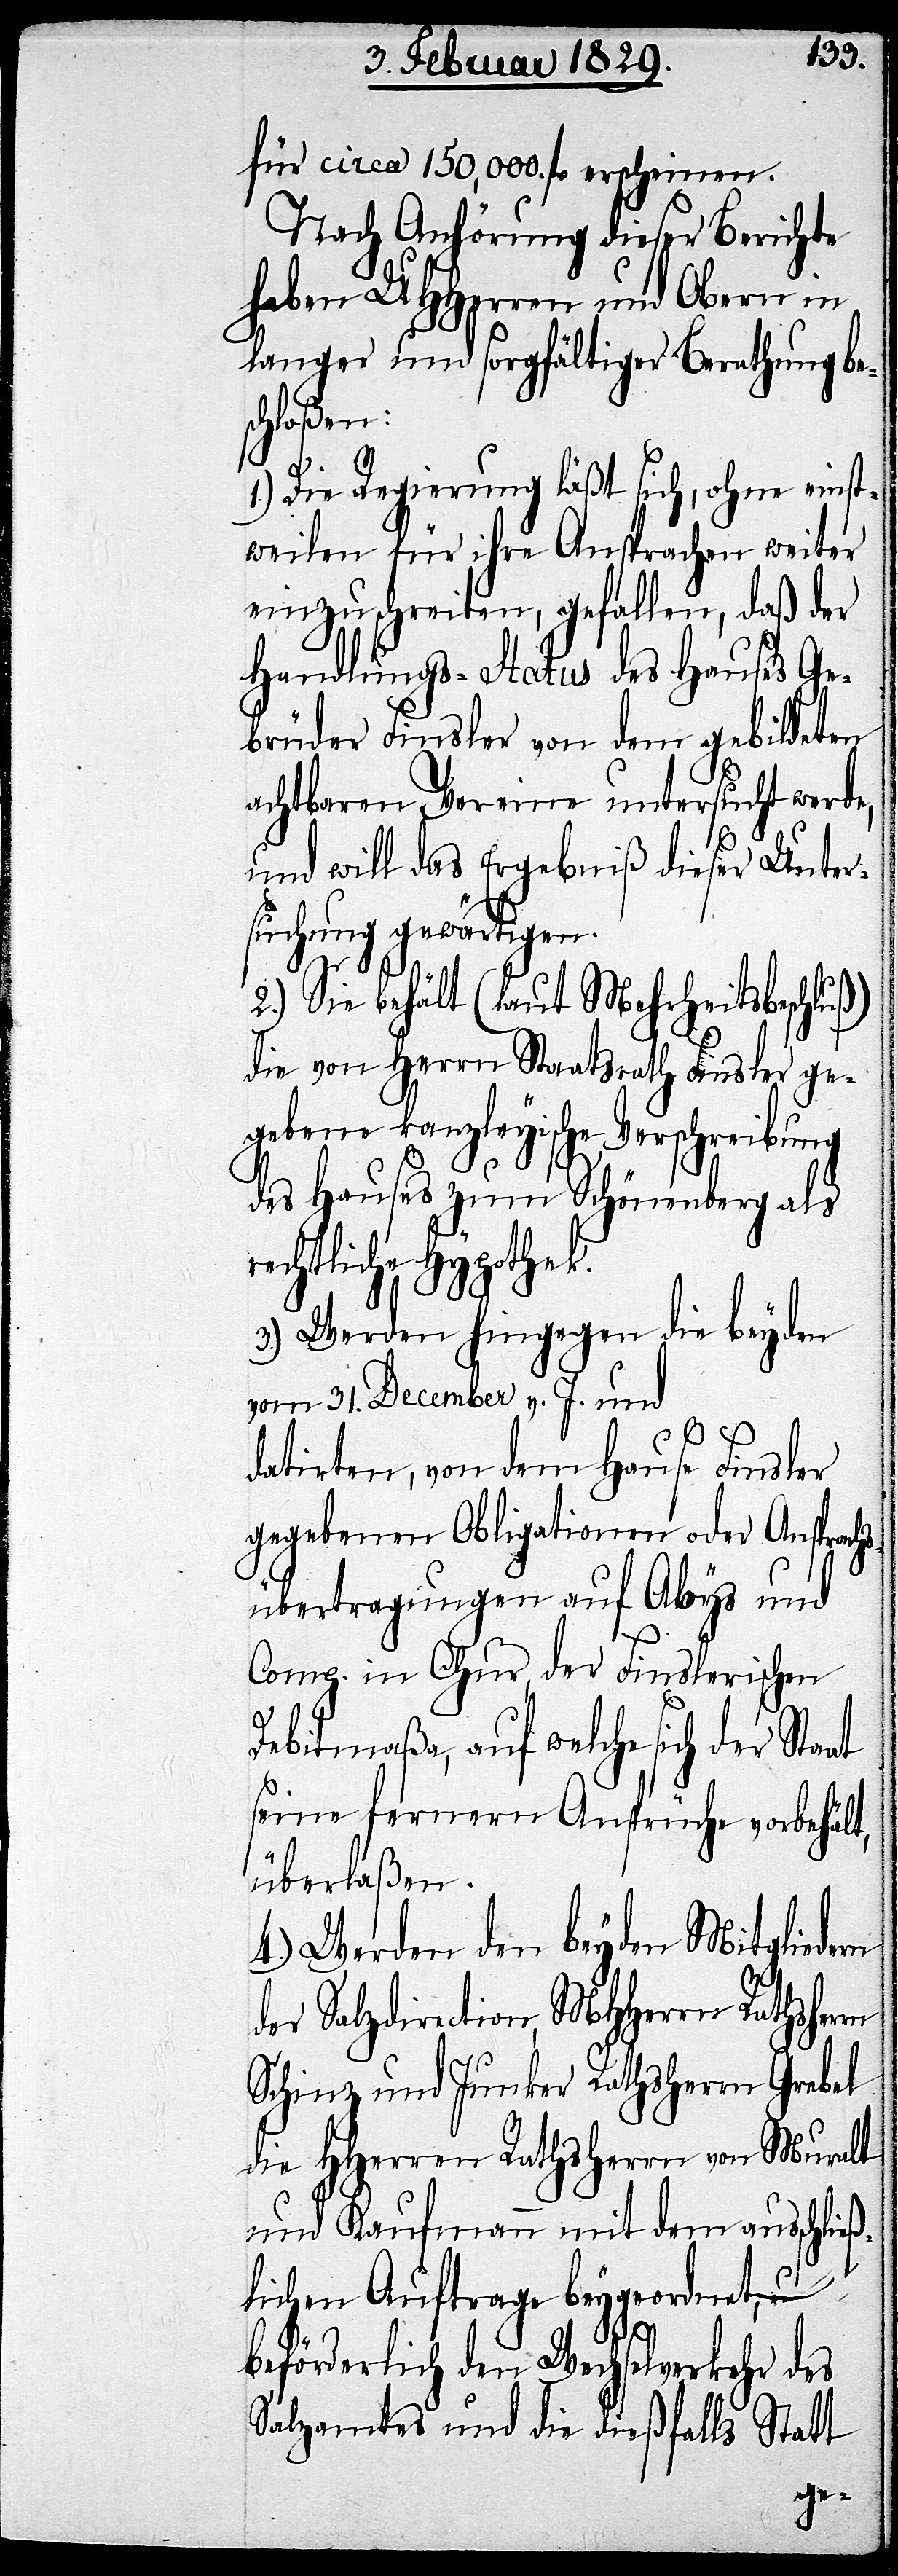
für 150,000 fl. erscheinen.
Nach Anhörung dieser Berichte
haben UHHerren und Obern in
langer und sorgfältiger Berathung be¬
schloßen:
r
1.) Die Regierung läßt sich, ohne einst¬
weilen für ihre Ansprachen weiter
einzuschreiten, gefallen, daß der
Handlungs-Status des Hauses Ge¬
brüder Finsler von dem gebildeten
achtbaren Verein untersucht werde,
und will das Ergebniß dieser Unter¬
suchung gewärtigen.
2.) Sie behält (laut Mehrheitsbeschluß)
die von Herrn Staatsrath Finsler ge¬
gebene kanzleyische Verschreibung
des Hauses zum Schönenberg als
echtliche Hypothek.
3.) Werden hingegen die beyden
vom 31. December v. J. und
datirten, von dem Hause Finsler
gegebenen Obligationen oder Ansprach¬
sübertragungen auf Abys und
Comp. in Chur, der Finslerischen
Debitmaßa, auf welche sich der
seine ferneren Ansprüche vorbehält,
überlaßen.
4.) Werden den beyden Mitgliedern
der Salzdirection MHHerrn Rathsher¬
Schinz und Junker Rathsherr Grebel
die HHerren Rathsherren von Muralt
und Kaufmann mit dem anschließ¬
lichen Auftrage beygeordnet, u.
beförderlich den Wechselverkehr des
Salzamtes und die dießfalls Statt